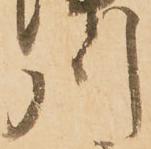
川